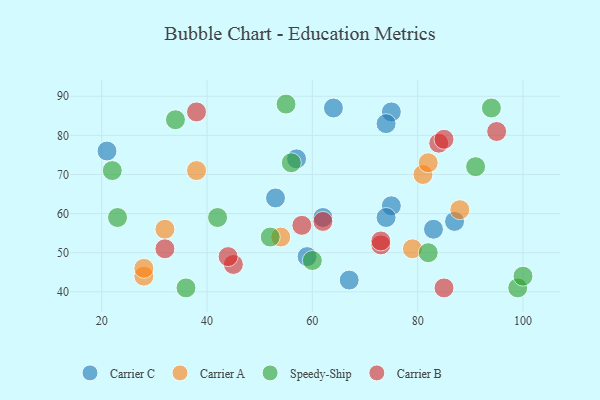
{"axis": {"x": "GDP", "y": "Life Expectancy"}, "legend": ["Carrier A", "Carrier B", "Carrier C", "Speedy-Ship"], "data": [{"x": "59", "y": 49, "type": "Carrier C"}, {"x": "21", "y": 76, "type": "Carrier C"}, {"x": "75", "y": 62, "type": "Carrier C"}, {"x": "53", "y": 64, "type": "Carrier C"}, {"x": "57", "y": 74, "type": "Carrier C"}, {"x": "64", "y": 87, "type": "Carrier C"}, {"x": "87", "y": 58, "type": "Carrier C"}, {"x": "75", "y": 86, "type": "Carrier C"}, {"x": "74", "y": 83, "type": "Carrier C"}, {"x": "62", "y": 59, "type": "Carrier C"}, {"x": "74", "y": 59, "type": "Carrier C"}, {"x": "67", "y": 43, "type": "Carrier C"}, {"x": "83", "y": 56, "type": "Carrier C"}, {"x": "81", "y": 70, "type": "Carrier A"}, {"x": "79", "y": 51, "type": "Carrier A"}, {"x": "38", "y": 71, "type": "Carrier A"}, {"x": "54", "y": 54, "type": "Carrier A"}, {"x": "88", "y": 61, "type": "Carrier A"}, {"x": "28", "y": 44, "type": "Carrier A"}, {"x": "82", "y": 73, "type": "Carrier A"}, {"x": "28", "y": 46, "type": "Carrier A"}, {"x": "32", "y": 56, "type": "Carrier A"}, {"x": "23", "y": 59, "type": "Speedy-Ship"}, {"x": "34", "y": 84, "type": "Speedy-Ship"}, {"x": "52", "y": 54, "type": "Speedy-Ship"}, {"x": "99", "y": 41, "type": "Speedy-Ship"}, {"x": "60", "y": 48, "type": "Speedy-Ship"}, {"x": "94", "y": 87, "type": "Speedy-Ship"}, {"x": "42", "y": 59, "type": "Speedy-Ship"}, {"x": "100", "y": 44, "type": "Speedy-Ship"}, {"x": "56", "y": 73, "type": "Speedy-Ship"}, {"x": "22", "y": 71, "type": "Speedy-Ship"}, {"x": "55", "y": 88, "type": "Speedy-Ship"}, {"x": "36", "y": 41, "type": "Speedy-Ship"}, {"x": "91", "y": 72, "type": "Speedy-Ship"}, {"x": "82", "y": 50, "type": "Speedy-Ship"}, {"x": "95", "y": 81, "type": "Carrier B"}, {"x": "45", "y": 47, "type": "Carrier B"}, {"x": "84", "y": 78, "type": "Carrier B"}, {"x": "44", "y": 49, "type": "Carrier B"}, {"x": "62", "y": 58, "type": "Carrier B"}, {"x": "73", "y": 52, "type": "Carrier B"}, {"x": "85", "y": 79, "type": "Carrier B"}, {"x": "38", "y": 86, "type": "Carrier B"}, {"x": "73", "y": 53, "type": "Carrier B"}, {"x": "85", "y": 41, "type": "Carrier B"}, {"x": "32", "y": 51, "type": "Carrier B"}, {"x": "58", "y": 57, "type": "Carrier B"}]}